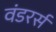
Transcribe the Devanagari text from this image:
वंडरर्स